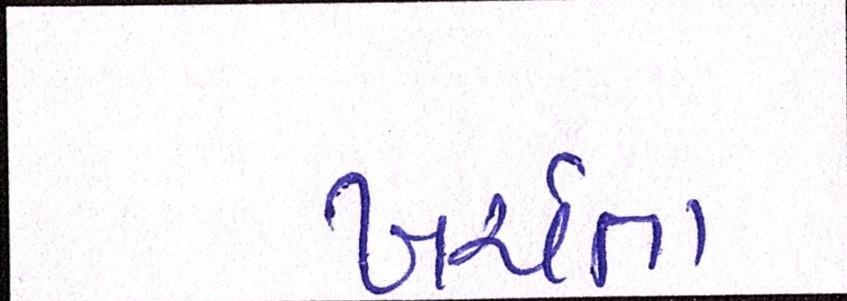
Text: ખર્ચતા